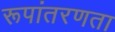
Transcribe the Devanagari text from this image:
रूपांतरणता